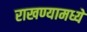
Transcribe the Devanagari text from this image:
राखण्यामध्ये